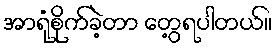
အာရုံစိုက်ခဲ့တာ တွေ့ရပါတယ်။